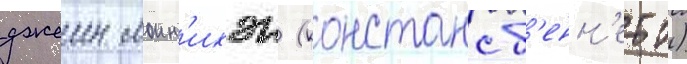
джеин моин'ихэн (констанс б'енн'етт)